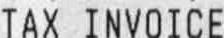
TAX INVOICE